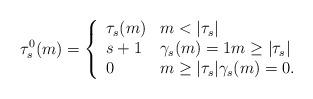
LaTeX: \begin{align*}\tau_s^0(m) = \left\{\begin{array}{ll}\tau_s(m) & m < |\tau_s| \\s+1 & \gamma_s(m) = 1 m \geq |\tau_s| \\0 & m \geq |\tau_s| \gamma_s(m) = 0.\end{array}\right.\end{align*}